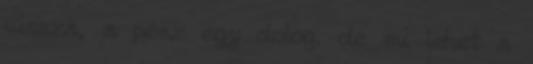
vissza, a pénz egy dolog, de mi lehet a